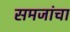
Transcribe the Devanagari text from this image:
समजांचा